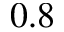
0 . 8